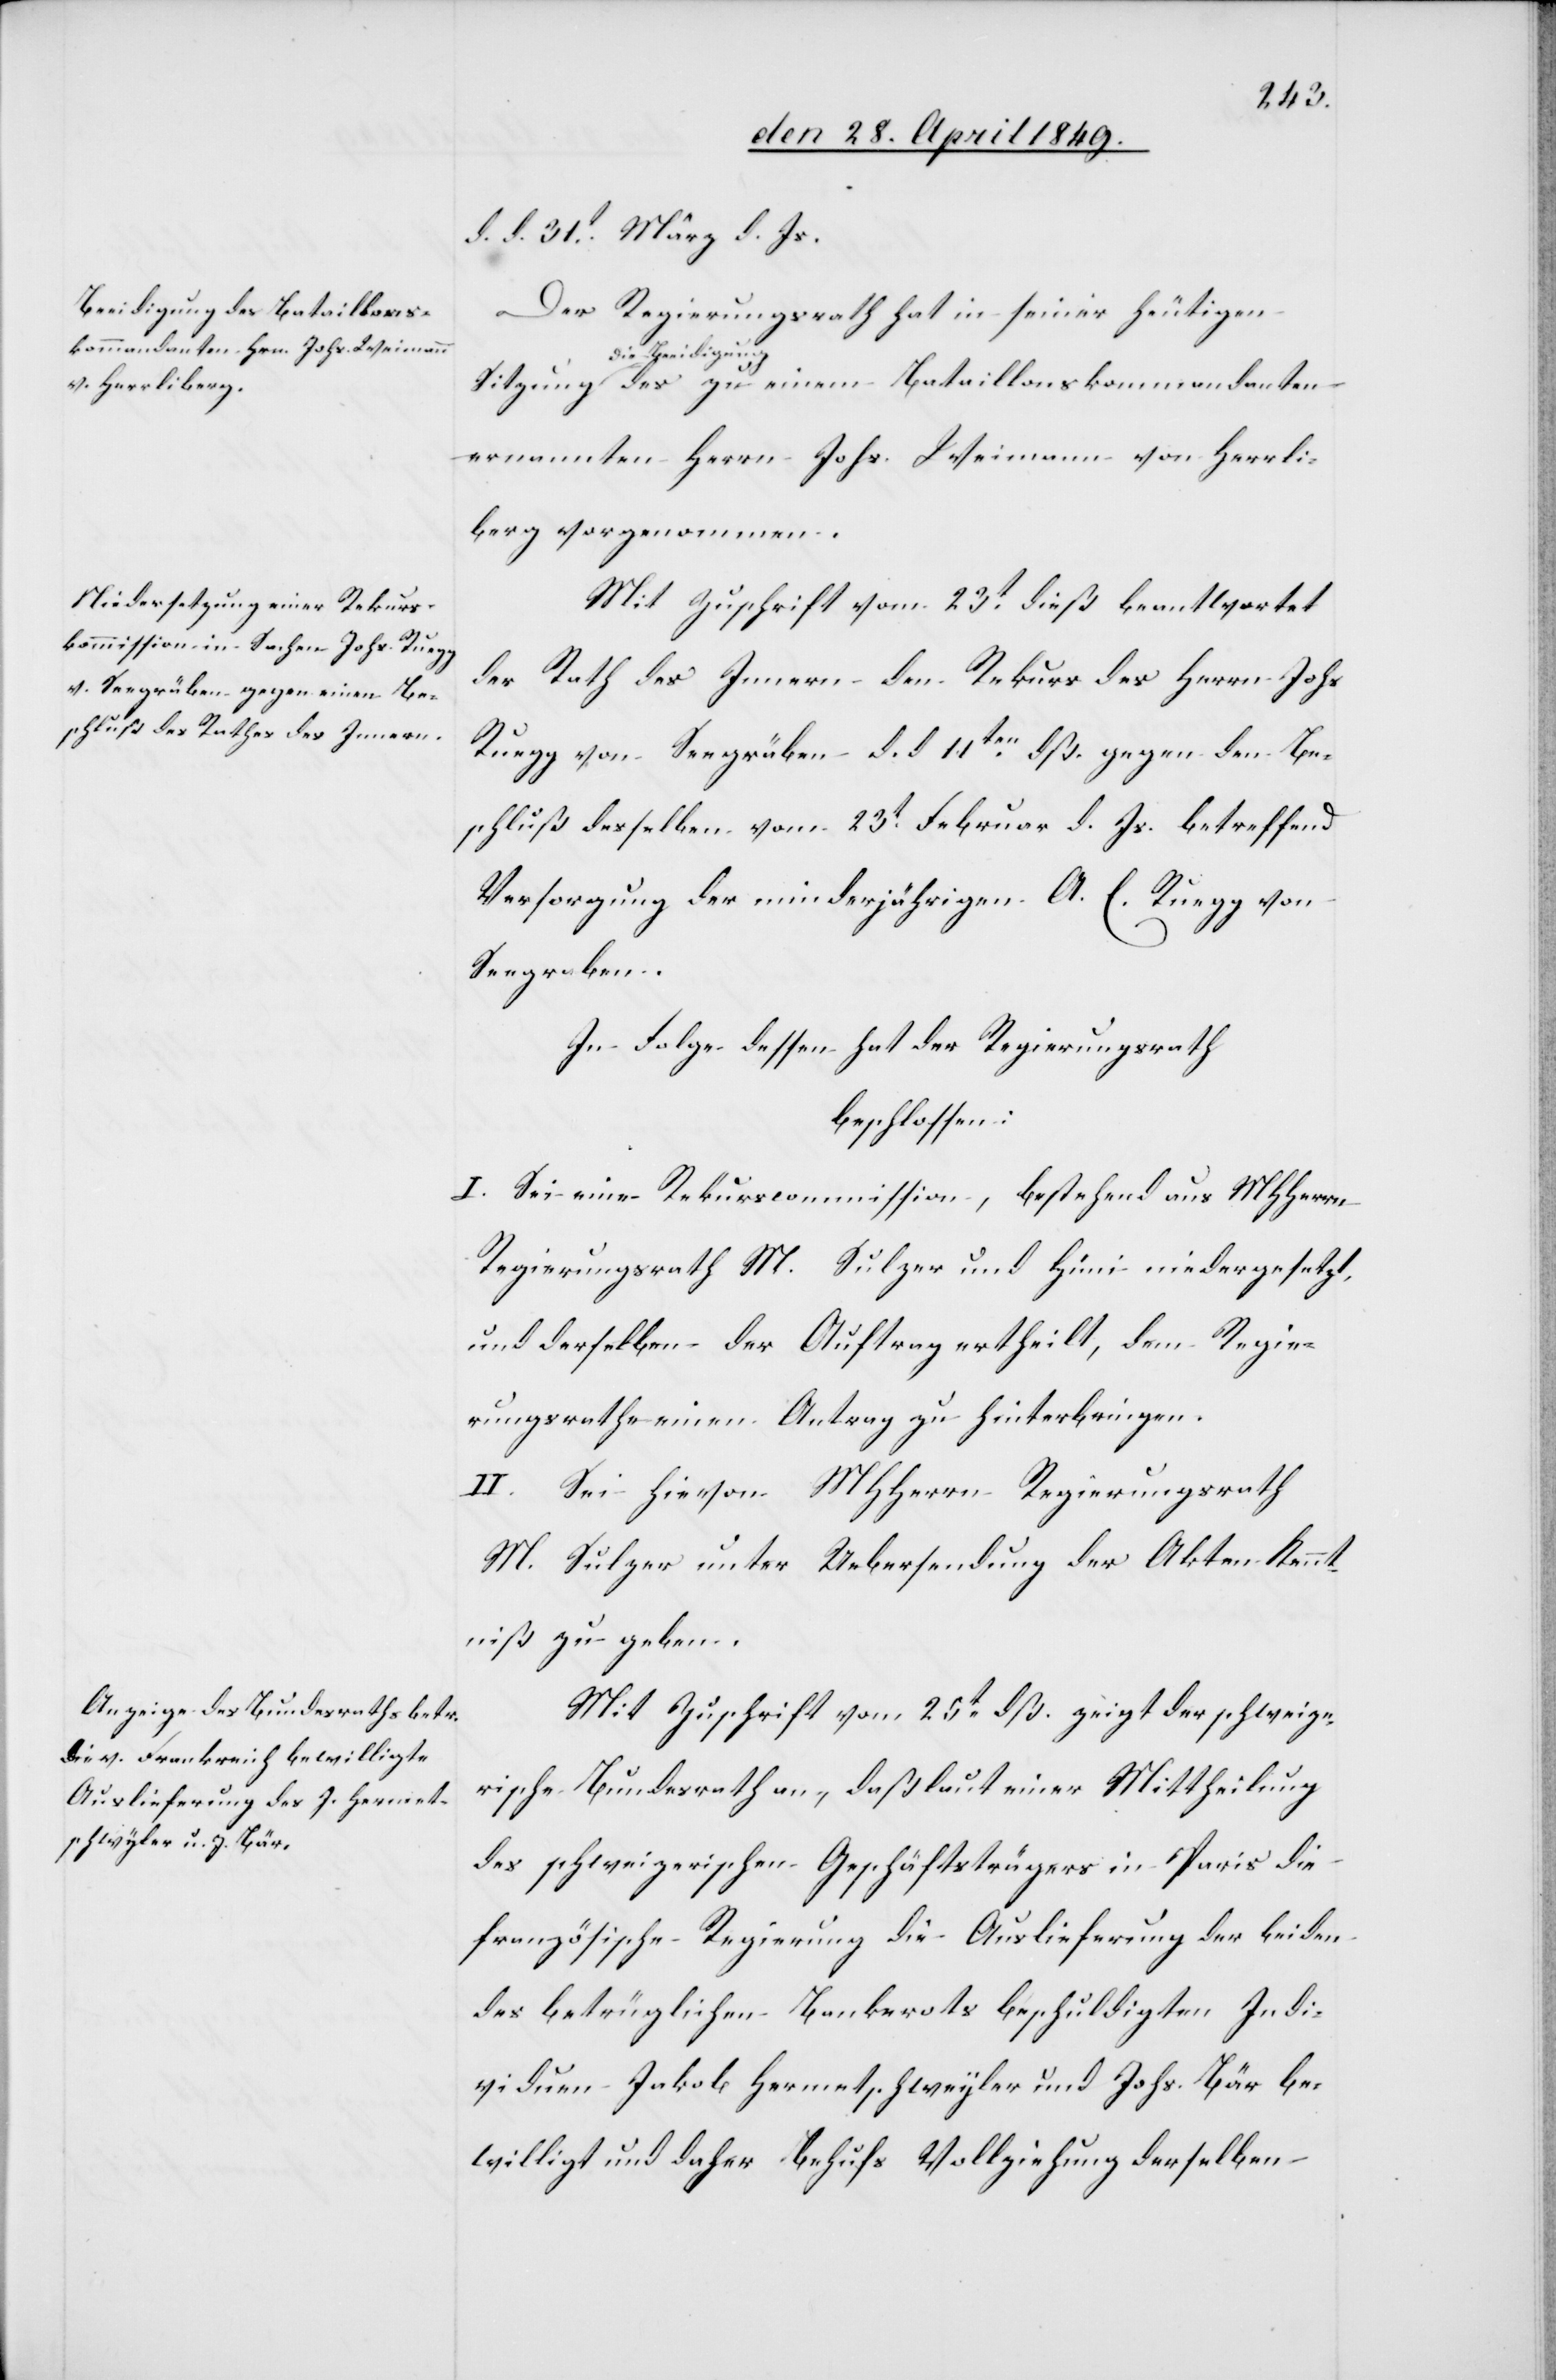
d. d. 31t März d. Js.
Der Regierungsrath hat in seiner heutigen
Beeidigung-a des zu einem Bataillonskommandanten
ernannten Herrn Johs. Weimann von Herrli¬
berg vorgenommen.
Mit Zuschrift vom 23t dieß beantwortet
der Rath des Innern den Rekurs des Herrn Johs.
Ruegg von Seegräben d. d. 11ten dß. gegen den Be¬
schluß desselben vom 23t Februar d. Js. betreffend
Versorgung der minderjährigen A. E. Ruegg von
Seegraben.
In Folge dessen hat der Regierungsrath
beschlossen:
I. Sei eine Rekurscommission, bestehend aus MHHerrn
Regierungsrath M. Sulzer und Hüni niedergesetzt,
und derselben der Auftrag ertheilt, dem Regie¬
rungsrathe einen Antrag zu hinterbringen.
II. Sei hievon MHHerrn Regierungsrath
M. Sulzer unter Uebersendung der Akten Kennt¬
niß zu geben.
Mit Zuschrift vom 25t dß. zeigt der schweize¬
rische Bundesrath an, daß laut einer Mittheilung
des schweizerischen Geschäftsträgers in Paris die
französische Regierung die Auslieferung der beiden
des betrüglichen Bankerots beschuldigten Indi¬
viduen Jakob Hermetschweyler [sic!] und Johs. Bär be¬
willigt und daher behufs Vollziehung derselben